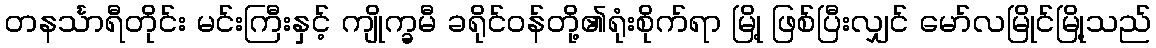
တနင်္သာရီတိုင်း မင်းကြီးနှင့် ကျိုက္ခမီ ခရိုင်ဝန်တို့၏ရုံးစိုက်ရာ မြို့ ဖြစ်ပြီးလျှင် မော်လမြိုင်မြို့သည်